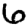
Digit: 6